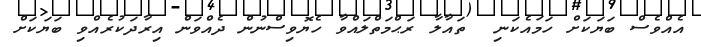
އެއްވެސް ބަޔަކަށް ހަމައެކަނި  ތައާލާ ރަޙްމަތްލައްވާ ހެޔޮވިސްނުން ދެއްވަން އިރާދަކުރެއްވި ބަޔަކަށް